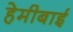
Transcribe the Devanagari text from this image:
हेमीबाई